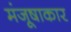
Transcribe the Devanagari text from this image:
मंजूषाकार